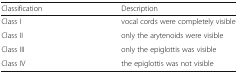
<table><thead><tr><td><b>Classification</b></td><td><b>Description</b></td></tr></thead><tbody><tr><td>Class I</td><td>vocal cords were completely visible</td></tr><tr><td>Class II</td><td>only the arytenoids were visible</td></tr><tr><td>Class III</td><td>only the epiglottis was visible</td></tr><tr><td>Class IV</td><td>the epiglottis was not visible</td></tr></tbody></table>